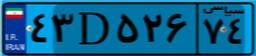
۹۵D۵۵۶۶۶